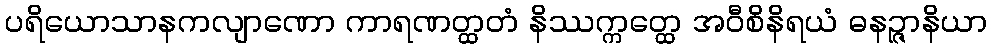
ပရိယောသာနကလျာဏော ကာရဏတ္ထတံ နိဿက္ကတ္ထေ အဝီစိနိရယံ ဓနဉ္ဇာနိယာ